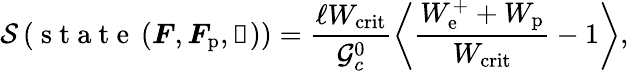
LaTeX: \mathcal{S}\left(\mathrm{~s~t~a~t~e~}\left(\boldsymbol{F},\boldsymbol{F}_{\mathrm{p}},\boldsymbol{\upalpha}\right)\right)=\frac{\ell W_{\mathrm{crit}}}{\mathcal{G}_{c}^{0}}\left\langle\frac{W_{\mathrm{e}}^{+}+W_{\mathrm{p}}}{W_{\mathrm{crit}}}-1\right\rangle,